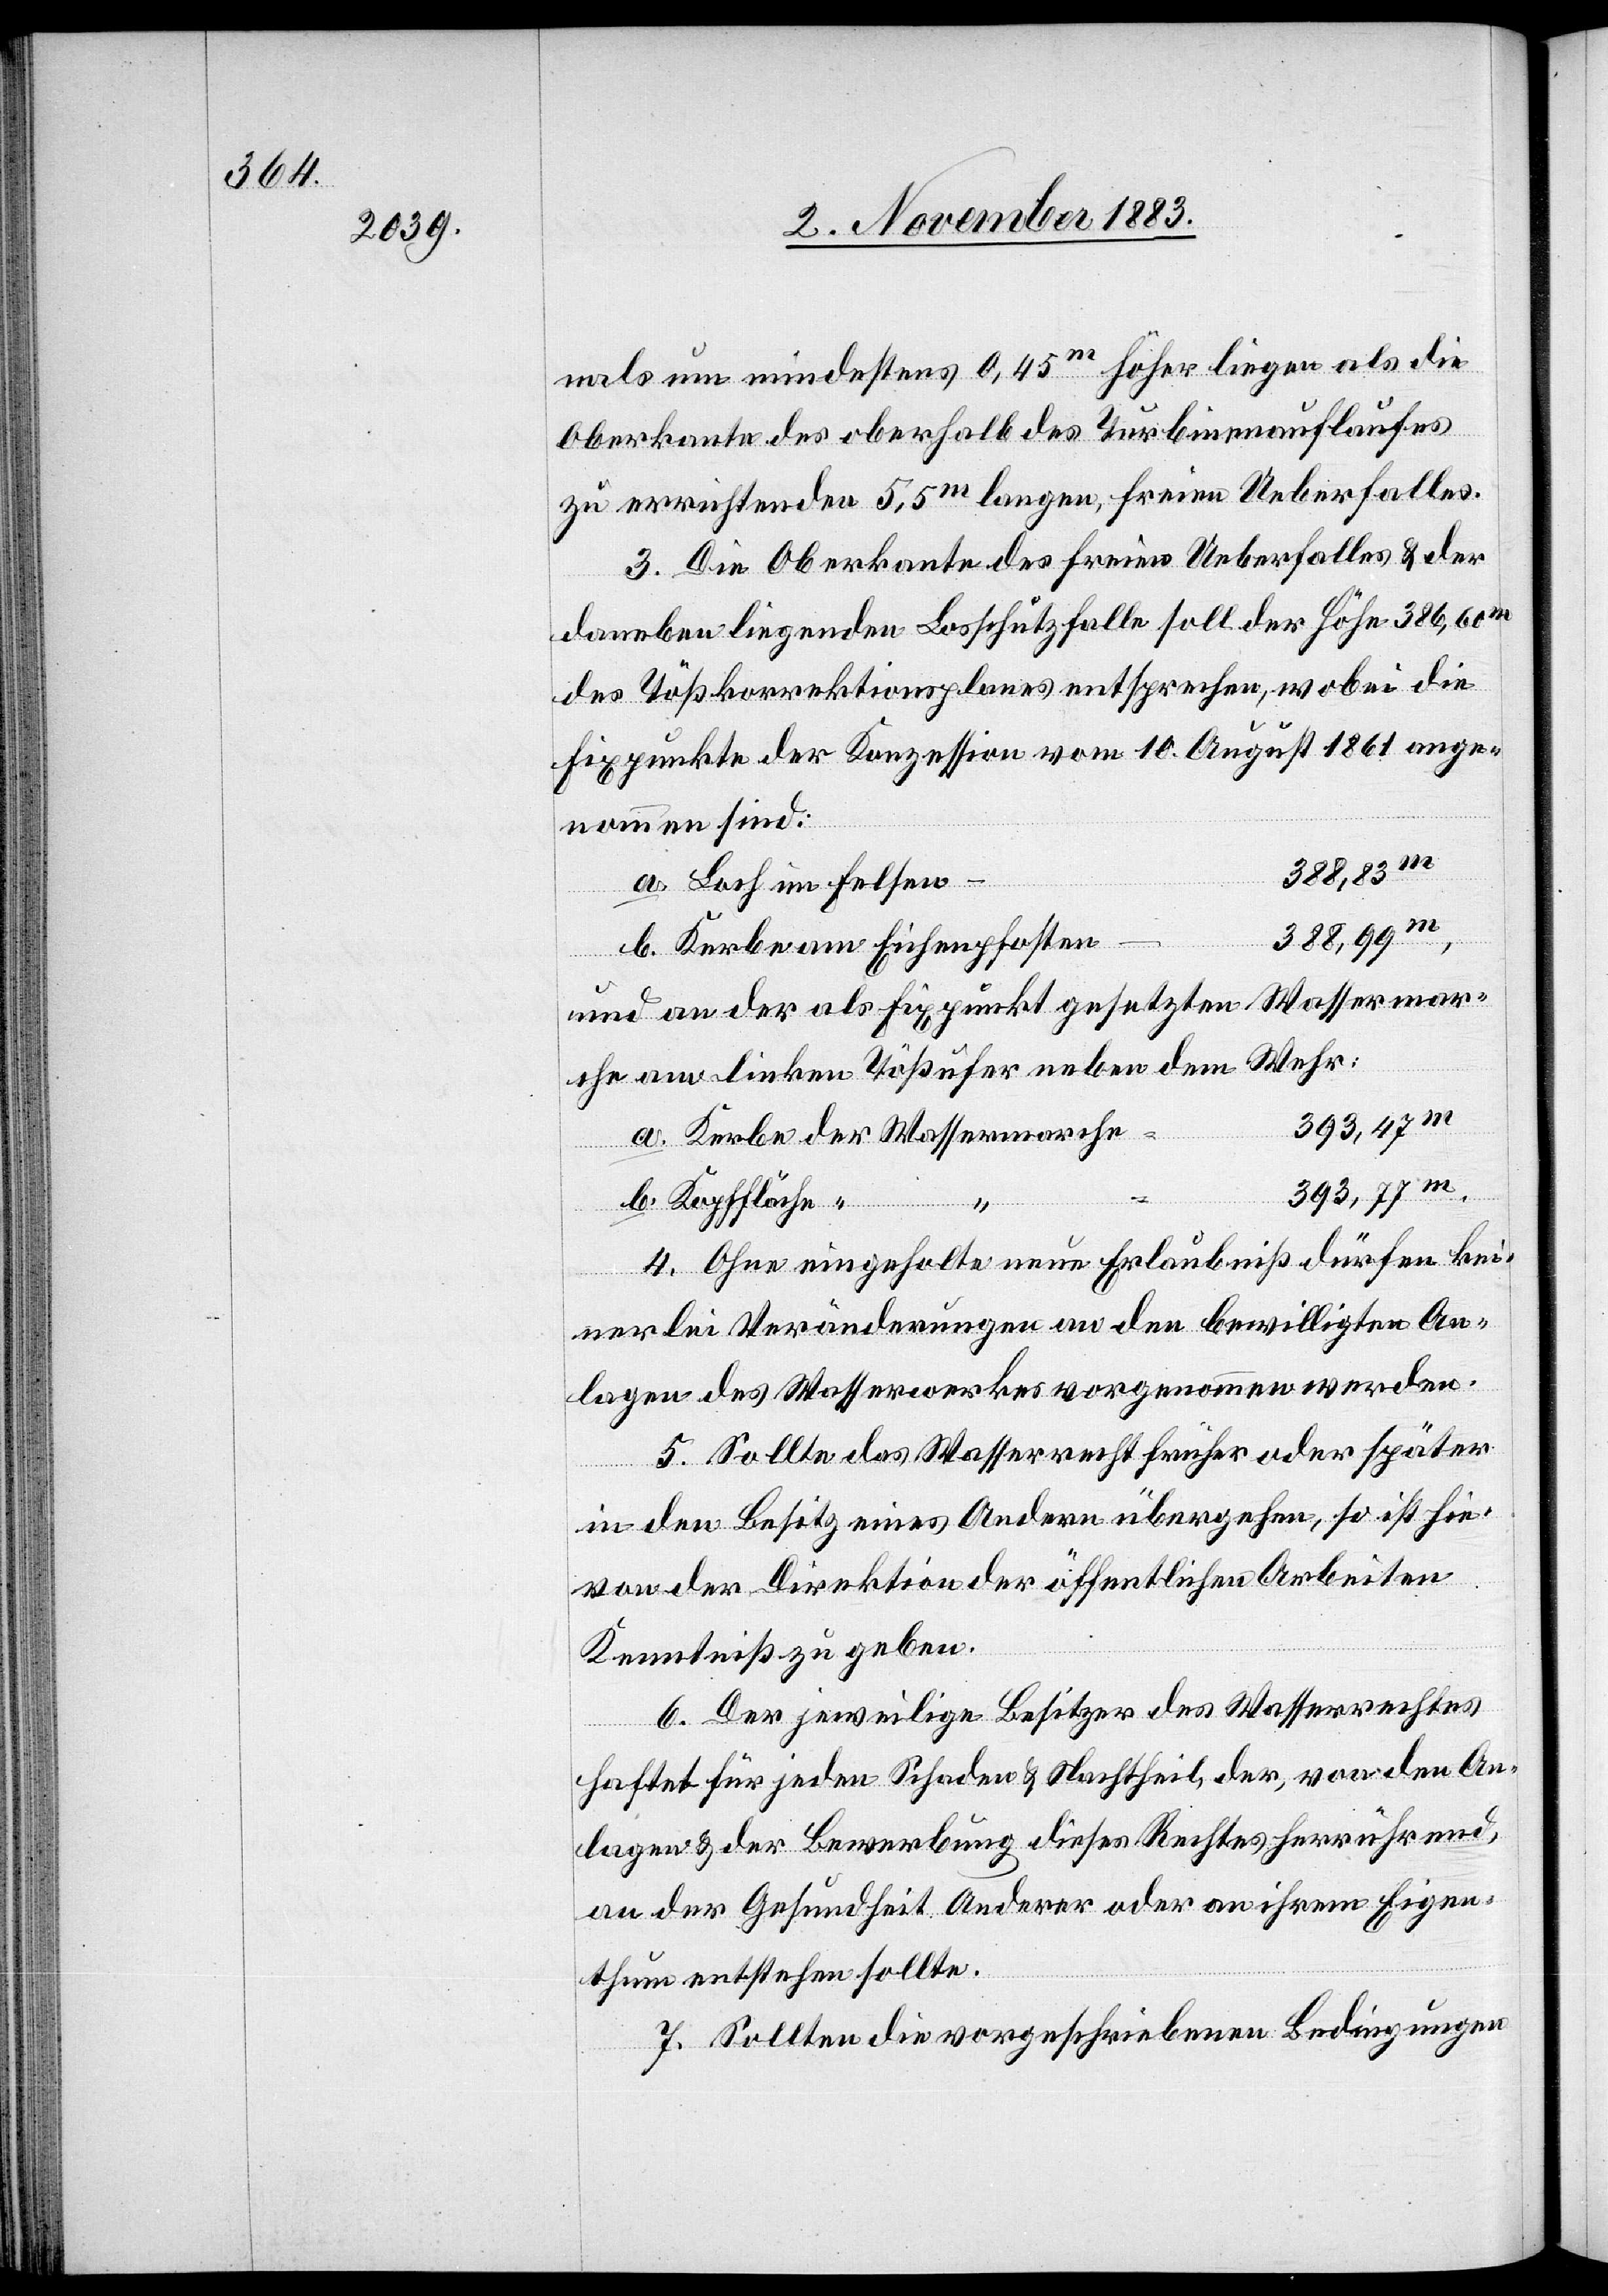
nals um mindestens 0,45 m höher liegen als die
Oberkante des oberhalb des Turbinenauflaufes
zu errichtenden 5,5 m langen, freien Ueberfalles.
3. Die Oberkante des freien Ueberfalles & der
daneben liegenden Losschutzfalle soll der Höhe 386,60 m
des Tößkorrektionsplanes entsprechen, wobei die
Fixpunkte der Konzession vom 10. August 1861 ange¬
nommen sind:
m.
a. Loch im Felsen
b. Kerbe am Eichenpfosten
Wassermar¬
und an der als Fixpunkt gesetzten
che am linken Tößufer neben dem Wehr:
a. Kerbe der Wassermarche
che]
b. Kopffläche
4. Ohne eingeholte neue Erlaubniß dürfen kei¬
nerlei Veränderungen an den bewilligten An¬
lagen des Wasserwerkes vorgenommen werden.
5. Sollte das Wasserrecht früher oder später
in den Besitz eines Andern übergehen, so ist hie¬
von der Direktion der öffentlichen Arbeiten
Kenntniß zu geben.
6. Der jeweilige Besitzer des Wasserrechtes
haftet für jeden Schaden & Nachtheil, der, von den An¬
lagen & der Bewerbung dieses Rechtes herrührend,
an der Gesundheit Anderer oder an ihrem Eigen¬
thum entstehen sollte.
7. Sollten die vorgeschriebenen Bedingungen